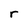
Character: r